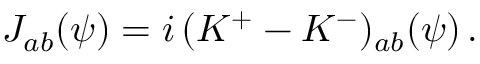
{ \cal J } _ { a b } ( \psi ) = i \, ( { \cal K } ^ { + } - { \cal K } ^ { - } ) _ { a b } ( \psi ) \, .